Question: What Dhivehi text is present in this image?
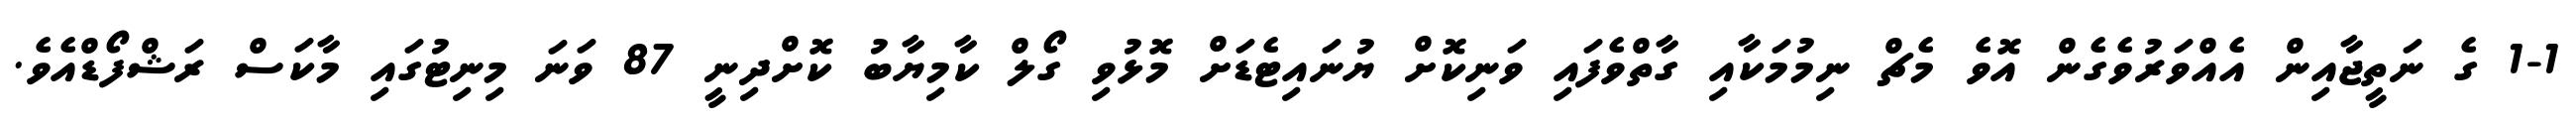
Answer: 1-1 ގެ ނަތީޖާއިން އެއްވަރުވެގެން އޮވެ މެޗް ނިމުމަކާއި ގާތްވެފައި ވަނިކޮށް ޔުނައިޓެޑަށް މޮޅުވި ގޯލް ކާމިޔާބު ކޮށްދިނީ 87 ވަނަ މިނިޓުގައި މާކަސް ރަޝްފޯޑްއެވެ.